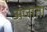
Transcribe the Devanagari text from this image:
अजाता